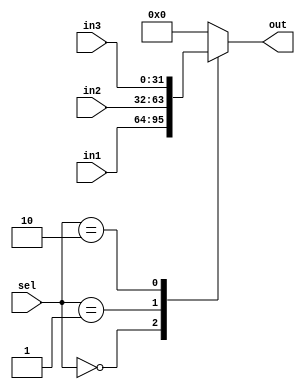
module MUX3 (sel, in1, in2, in3, out);
    input [1:0] sel;
    input [31:0] in1, in2, in3;
    output reg [31:0] out;


  always @(sel, in1, in2, in3) begin
    out = 0;
    case (sel)
      2'b00: out = in1;
      2'b01: out = in2;
      2'b10: out = in3;
    endcase
  end
endmodule